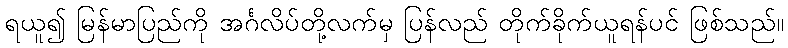
ရယူ၍ မြန်မာပြည်ကို အင်္ဂလိပ်တို့လက်မှ ပြန်လည် တိုက်ခိုက်ယူရန်ပင် ဖြစ်သည်။